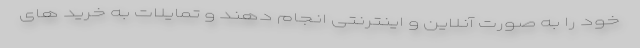
خود را به صورت آنلاین و اینترنتی انجام دهند و تمایلات به خرید های